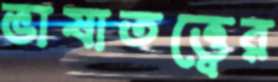
ভাষাতত্ত্বের